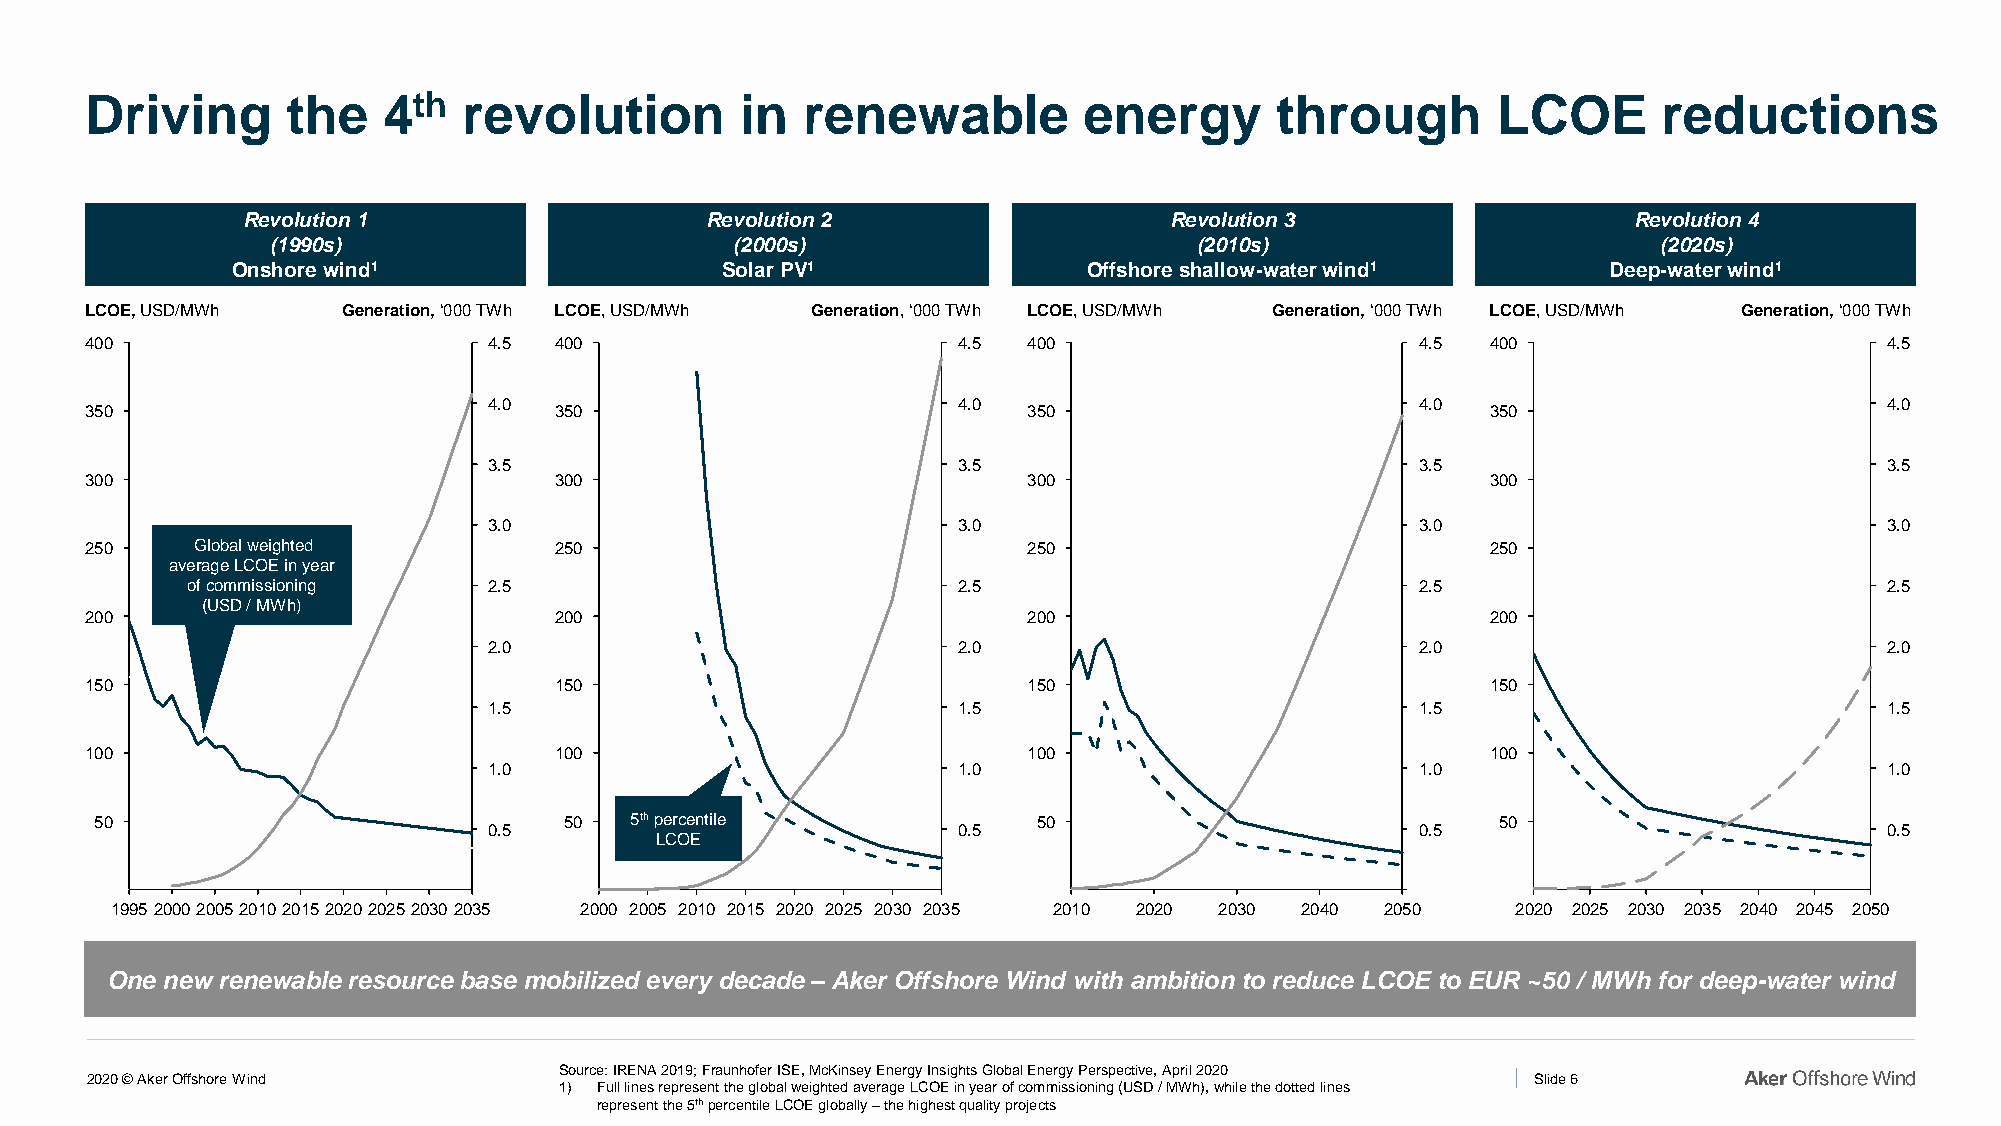
Driving      the   4th   revolution        in  renewable          energy      through        LCOE       reductions
 Revolution 1                   Revolution 2                  Revolution 3                   Revolution 4
 (1990s)                        (2000s)                       (2010s)                        (2020s)
 Onshore wind1                    Solar PV1               Offshore shallow-water wind1       Deep-water wind1
 LCOE,USD/MWh     Generation, ‘000 TWh LCOE, USD/MWh Generation, ‘000 TWh LCOE, USD/MWh Generation, ‘000 TWh LCOE, USD/MWh Generation, ‘000 TWh
 400                       4.5  400                       4.5  400                       4.5  400                       4.5
 4.0                            4.0                            4.0                            4.0
 350                            350                            350                            350
 3.5                            3.5                            3.5                            3.5
 300                            300                            300                            300
 3.0                            3.0                            3.0                            3.0
 250    Global weighted         250                            250                            250
 average LCOE in year
 of commissioning    2.5                            2.5                            2.5                            2.5
 (USD / MWh)
 200                            200                            200                            200
 2.0                            2.0                            2.0                            2.0
 150                            150                            150                            150
 1.5                            1.5                            1.5                            1.5
 100                            100                            100                            100
 1.0                            1.0                            1.0                            1.0
 50                             50   5thpercentile              50                            50
 0.5                            0.5                            0.5                            0.5
 LCOE
 199520002005201020152020202520302035 2000 2005 2010 2015 2020 2025 2030 2035 2010 2020 2030 2040 2050 2020 2025 2030 2035 2040 2045 2050
 One new renewable resource base mobilized every decade –Aker Offshore Wind with ambition to reduce LCOE to EUR ~50 / MWh for deep-water wind
 Source: IRENA 2019; Fraunhofer ISE, McKinsey Energy Insights Global Energy Perspective, April 2020
 2020 © Aker Offshore Wind                                                                       Slide 6
 1) Full lines represent the global weighted average LCOE in year of commissioning (USD / MWh), while the dotted lines
 represent the 5thpercentile LCOE globally –the highest quality projects